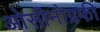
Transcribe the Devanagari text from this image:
ओसीनोग्रफी